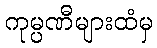
ကုမ္ပဏီများထံမှ